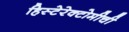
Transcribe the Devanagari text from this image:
हिस्टेरेक्टोमीची